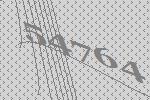
54764